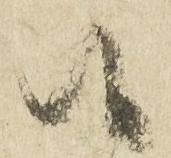
候